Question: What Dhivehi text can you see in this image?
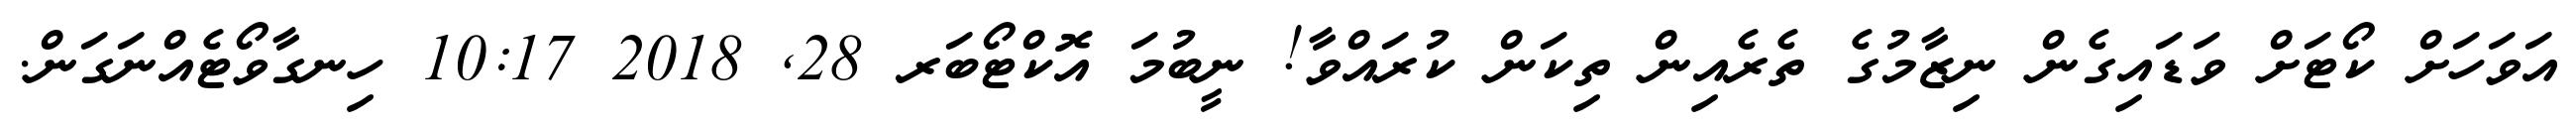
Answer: އަވަހަށް ކޯޓަށް ވަޑައިގެން ނިޒާމުގެ ތެރެއިން ތިކަން ކުރައްވާ! ނީބުމަ އޮކްޓޯބަރ 28, 2018 10:17 ހިނގާވޯޓެއްނަގަން.